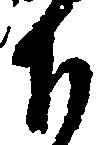
下